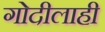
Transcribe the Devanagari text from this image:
गोदीलाही